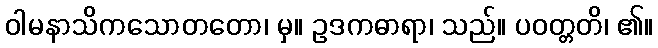
ဝါမနာသိကသောတတော၊ မှ။ ဥဒကဓာရာ၊ သည်။ ပဝတ္တတိ၊ ၏။